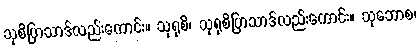
သုစိပြာသာဒ်လည်းကောင်း။ သုရုစိ၊ သုရုစိပြာသာဒ်လည်းကောင်း။ သုဘောစ၊